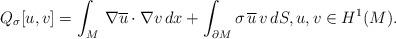
LaTeX: \begin{align*} Q_\sigma[ u, v] = \int_{M}\, \nabla \overline{ u} \cdot\nabla v\, dx + \int_{\partial M} \sigma\, \overline{u}\, v \, dS, u,v\in H^1(M). \end{align*}